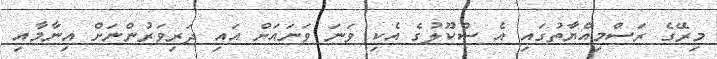
މިރޭގެ ރަސްމިއްޔާތުގައި އެ ސްކޫލުގެ އެކި ވަނަ ވަނައަށް އައި ދަރިވަރުންނަށް އިނާމާއި